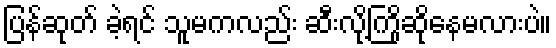
ပြန်ဆုတ် ခဲ့ရင် သူမကလည်း ဆီးလို့ကြိုဆိုနေမလားပဲ။